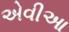
એવીઆ